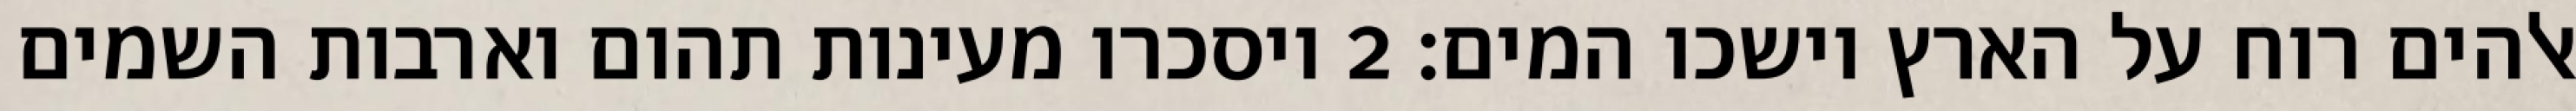
אלהים רוח על הארץ וישכו המים׃ ‎2‏ ויסכרו מעינות תהום וארבות השמים